Annual report of the Imperial Bacteriological Laboratory, Muktesar
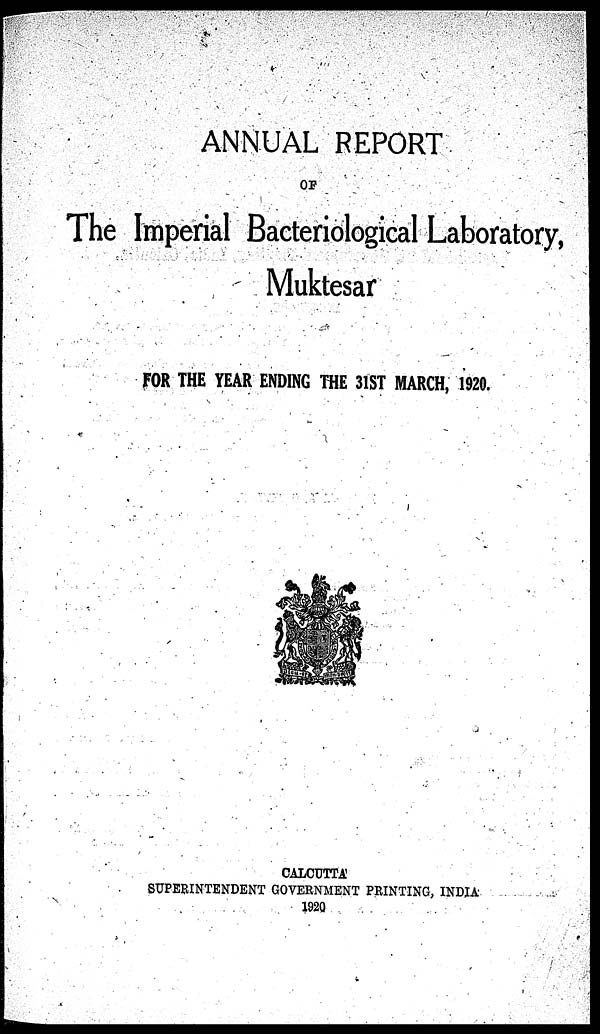
ANNUAL REPORT
OF
The Imperial Bacteriological Laboratory,
Muktesar
FOR THE YEAR ENDING THE 31ST MARCH, 1920.
CALCUTTA
SUPERINTENDENT GOVERNMENT PRINTING, INDIA
1920